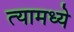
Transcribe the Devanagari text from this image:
त्‍यामध्‍ये